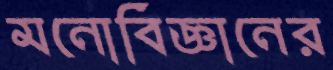
মনোবিজ্ঞানের